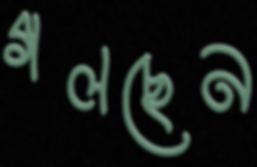
গলছেন